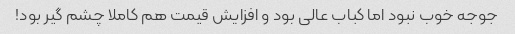
جوجه خوب نبود اما کباب عالی بود و افزایش قیمت هم کاملا چشم گیر بود!